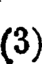
(3)